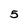
Character: 5